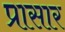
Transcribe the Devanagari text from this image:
प्रासार